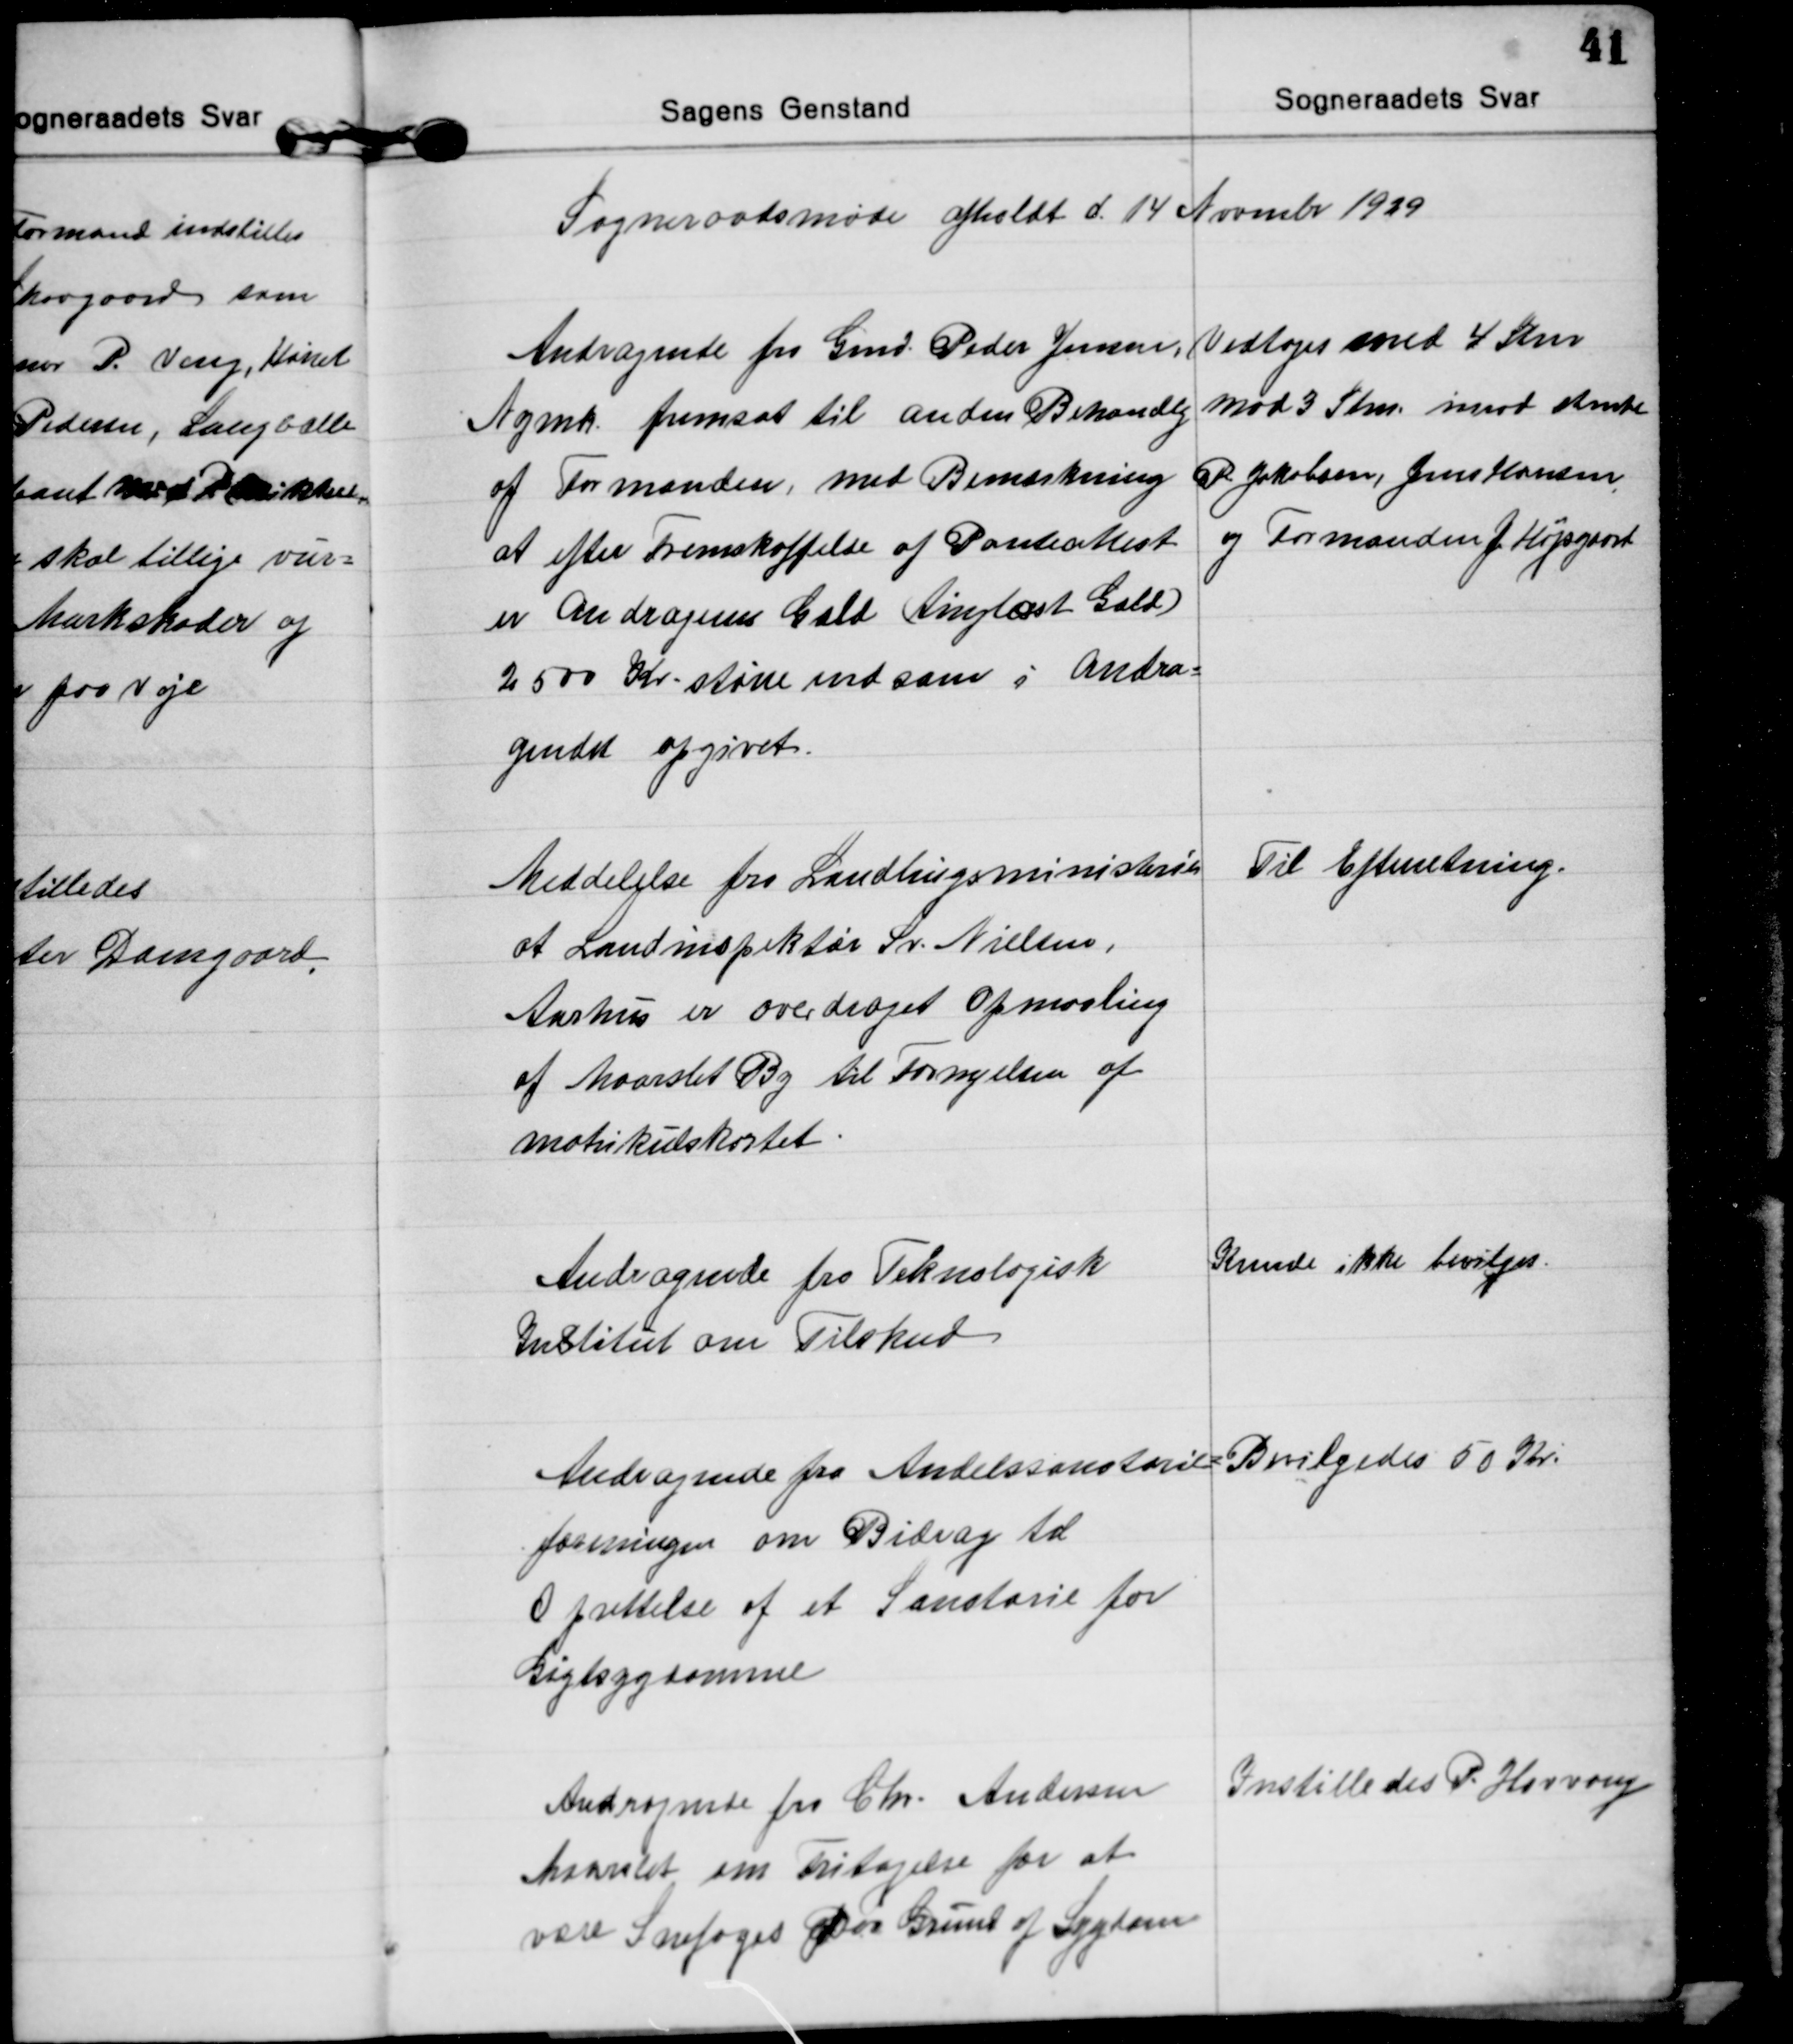
Transskription:
Sogneraadsmøde afholdt d. 14 Novmbr 1929

Andragende fra Gmd. Peder Jensen,
Nymk. fremsat til anden Behandling
af Formanden, med Bemærkning
at efter Fremskaffelse af Panteattest
er Andragerens Gæld (tinglyst Gæld)
2500 Kr. større end som i Andra=
gendet opgivet.
Vedtoges med 4 Stm
mod 3 Stm. imod stemte
P. Jakobsen, Jens Hansen
og Formanden J. Højsgaard

Meddelelse fra Landbrugsministeriet
at Landinspektør Sv. Nielsen,
Aarhus er overdraget Opmaaling
af Maarslet By til Fornyelsen af
Matrikulskortet
Til Efterretning.

Andragende fra Teknologisk
Institut om Tilskud
Kunde ikke bevilges.

Andragende fra Andelssanatorie=
foreningen om Bidrag til
Oprettelse af et Sanatorie for
Gigtsygdomme
Bevilgedes 50 Kr.

Andragende fra Chr. Andersen
Maarslet om Fritagelse for at
være Snefoged paa Grund af Sygdom
Instilledes P. Hovvang